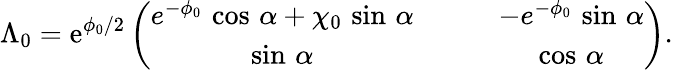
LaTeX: \Lambda_{0}=\mathrm{e}^{\phi_{0}/2}\left(\begin{array}{cc}{{e^{-\phi_{0}}\, \cos\, \alpha+\chi_{0}\, \sin\, \alpha\qquad}}&{{-e^{-\phi_{0}}\, \sin\, \alpha}}\\ {{\sin\, \alpha\qquad}}&{{\cos\, \alpha}}\end{array}\right).